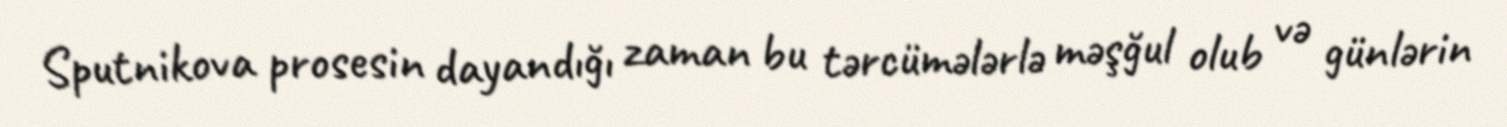
Sputnikova prosesin dayandığı zaman bu tərcümələrlə məşğul olub və günlərin